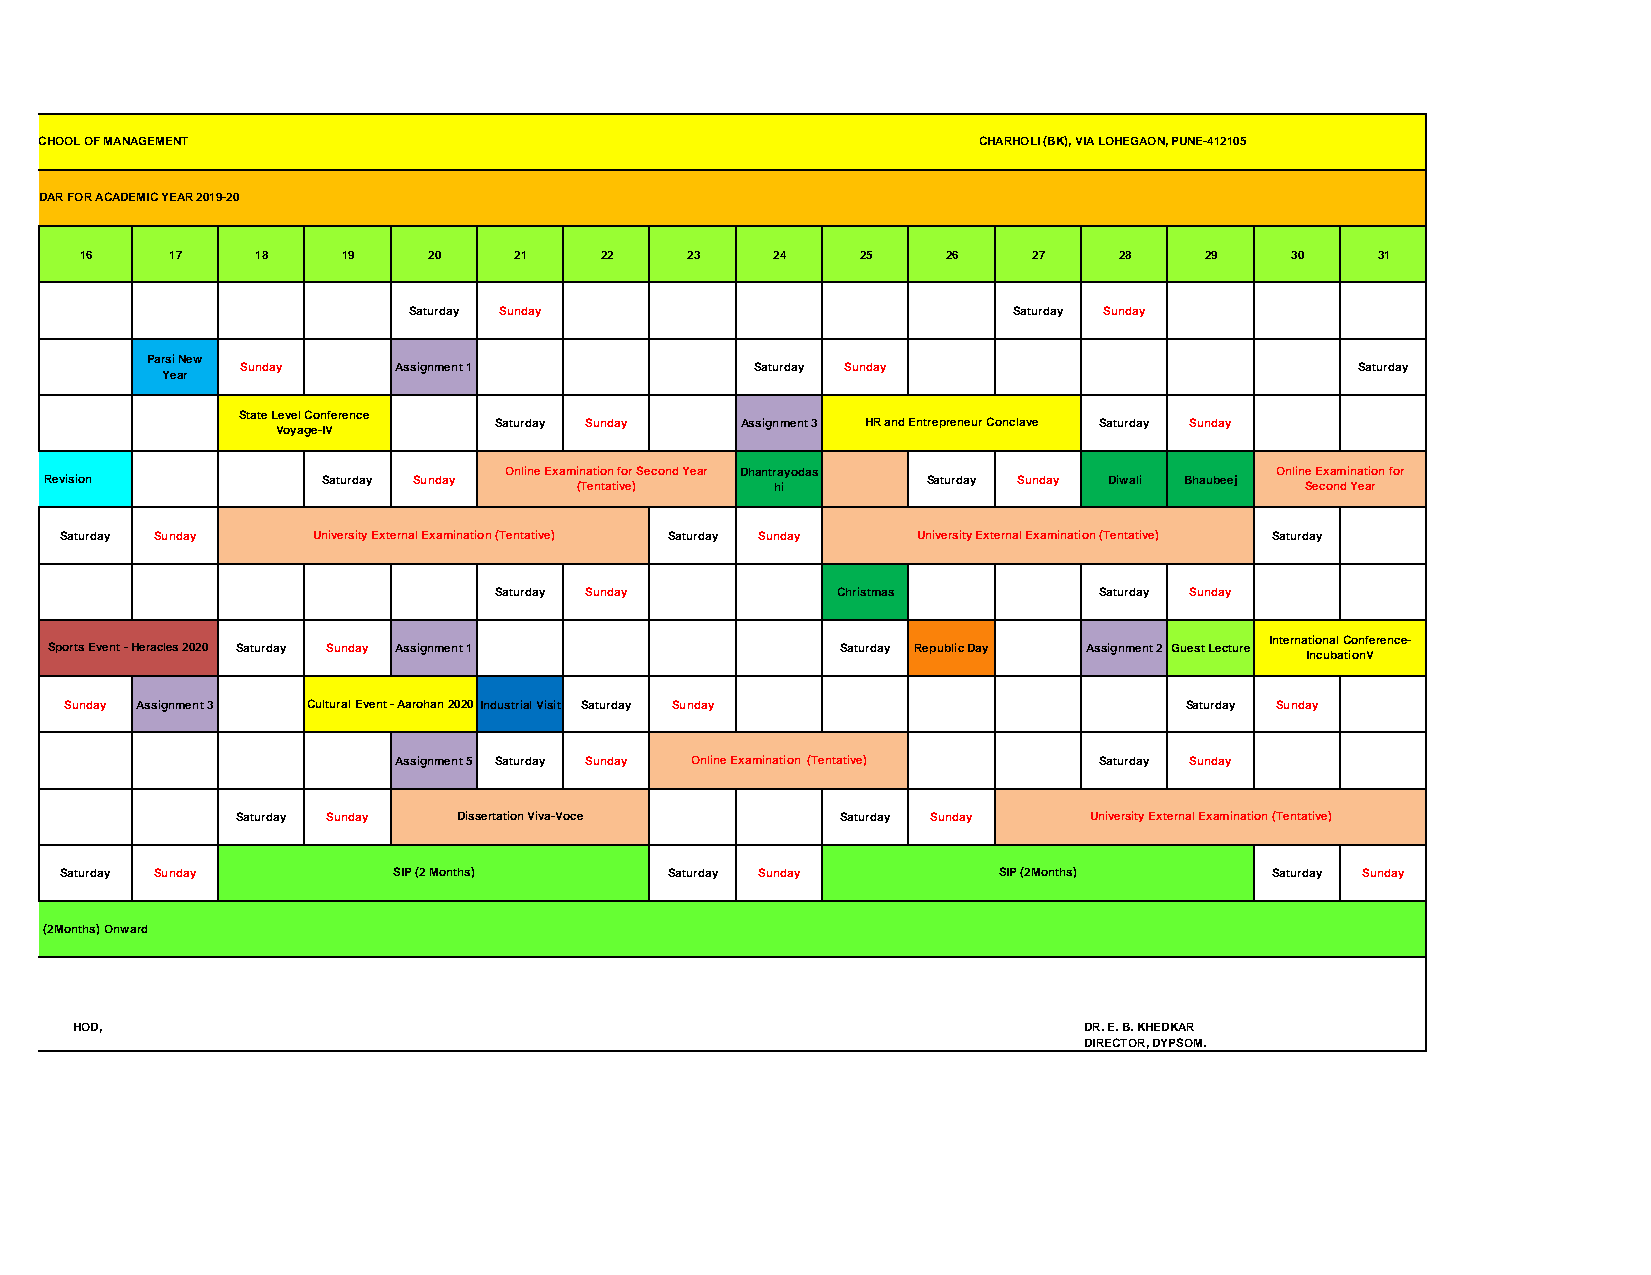
DR D Y PATIL SCHOOL OF MANAGEMENT DR D Y PATIL SCHOOL OF MANAGEMENT DR D Y PATIL SCHOOL OF MANAGEMENT CHARHOLI (BK), VIA LOHEGAON, PUNE-412105
 ACADEMIC CALENDAR FOR ACADEMIC YEAR 2019-20
 16    17    18    19   20    21    22   23    24    25    26   27    28    29   30    31
 Saturday Sunday                         Saturday Sunday
 Parsi New
 Sunday    Assignment 1            Saturday Sunday                         Saturday
 Year
 State Level Conference
 Saturday Sunday Assignment 3 HR and Entrepreneur Conclave Saturday Sunday
 Voyage-IV
 Online Examination for Second Year Dhantrayodas    Online Examination for
 Syllabus Revision    Saturday Sunday                         Saturday Sunday Diwali Bhaubeej
 (Tentative)  hi                                 Second Year
 Saturday Sunday  University External Examination (Tentative) Saturday Sunday University External Examination (Tentative) Saturday
 Saturday Sunday       Christmas         Saturday Sunday
 International Conference-
 Sports Event - Heracles 2020 Saturday Sunday Assignment 1 Saturday Republic Day Assignment 2 Guest Lecture
 IncubationV
 Sunday Assignment 3 Cultural Event - Aarohan 2020Industrial Visit Saturday Sunday Saturday Sunday
 Assignment 5 Saturday Sunday Online Examination (Tentative) Saturday Sunday
 Saturday Sunday Dissertation Viva-Voce  Saturday Sunday University External Examination (Tentative)
 Saturday Sunday       SIP (2 Months)    Saturday Sunday       SIP (2Months)     Saturday Sunday
 SIP (2Months) Onward
 DR OMPRAKASH HALDAR HOD,                                                DR. E. B. KHEDKAR
 DYPSOM                                                                  DIRECTOR, DYPSOM.